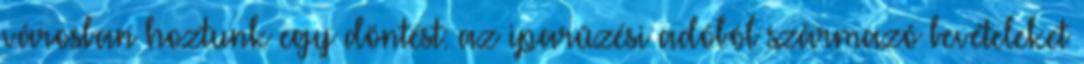
városban hoztunk egy döntést: az iparûzési adóból származó bevételeket